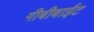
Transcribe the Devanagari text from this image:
गीबीबाईट